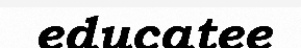
educatee